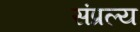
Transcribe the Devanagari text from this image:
संप्रल्य